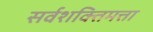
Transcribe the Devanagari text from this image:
सर्वशक्तिमत्ता